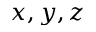
x , y , z